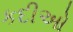
કદીઓ